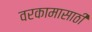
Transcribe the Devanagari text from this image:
वरकामासाठी